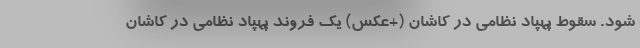
شود. سقوط پهپاد نظامی در کاشان (+عکس) یک فروند پهپاد نظامی در کاشان